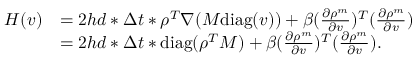
\begin{array} { r l } { H ( v ) } & { = 2 h d * \Delta t * \rho ^ { T } \nabla ( M \mathrm { d i a g } ( v ) ) + \beta ( \frac { \partial \rho ^ { m } } { \partial v } ) ^ { T } ( \frac { \partial \rho ^ { m } } { \partial v } ) } \\ & { = 2 h d * \Delta t * \mathrm { d i a g } ( \rho ^ { T } M ) + \beta ( \frac { \partial \rho ^ { m } } { \partial v } ) ^ { T } ( \frac { \partial \rho ^ { m } } { \partial v } ) . } \end{array}